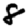
Digit: 8